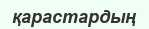
қарастардың